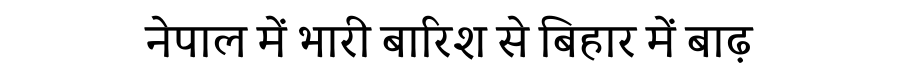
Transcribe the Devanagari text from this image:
नेपाल में भारी बारिश से बिहार में बाढ़